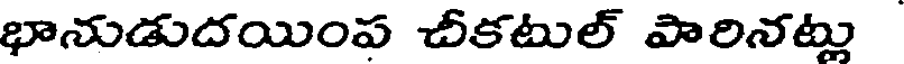
భానుడుదయింప చీకటుల్ పారినట్లు